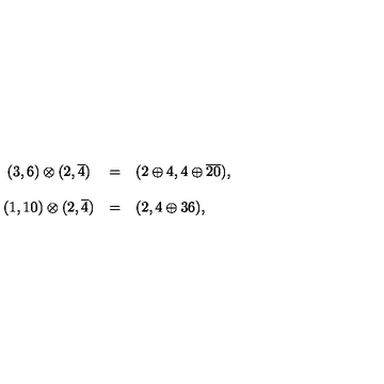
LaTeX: \begin{array} { c l l } { ( 3 , 6 ) \otimes ( 2 , \overline { { 4 } } ) } & { = } & { ( 2 \oplus 4 , 4 \oplus \overline { { 2 0 } } ) , } \\ { { } } & { { } } & { { } } \\ { ( 1 , 1 0 ) \otimes ( 2 , \overline { { 4 } } ) } & { = } & { ( 2 , 4 \oplus 3 6 ) , } \\ \end{array}